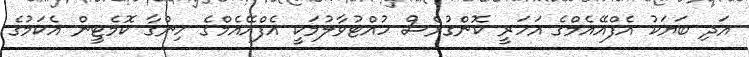
އަދި ބަޔަކު އެފްއޭއެމްގެ އަހަރީ ކޮންގުރެސް ހުއްޓުވާލުމަކީ އެފްއޭއެމްގެ ހިންގާ ކޮމެޓީން އެކަމުގެ